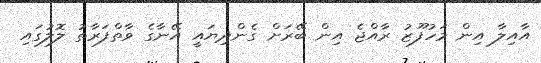
އާއިލާ އިން މަހުފޫޒު ރާއްޖެ އިން ބޭރަށް ގެންދިޔައީ އޭނާގެ ވާތްފަރާތު ލޮލުގައި